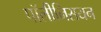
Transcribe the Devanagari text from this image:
पॉलीनिसयन